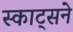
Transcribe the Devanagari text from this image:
स्काट्सने